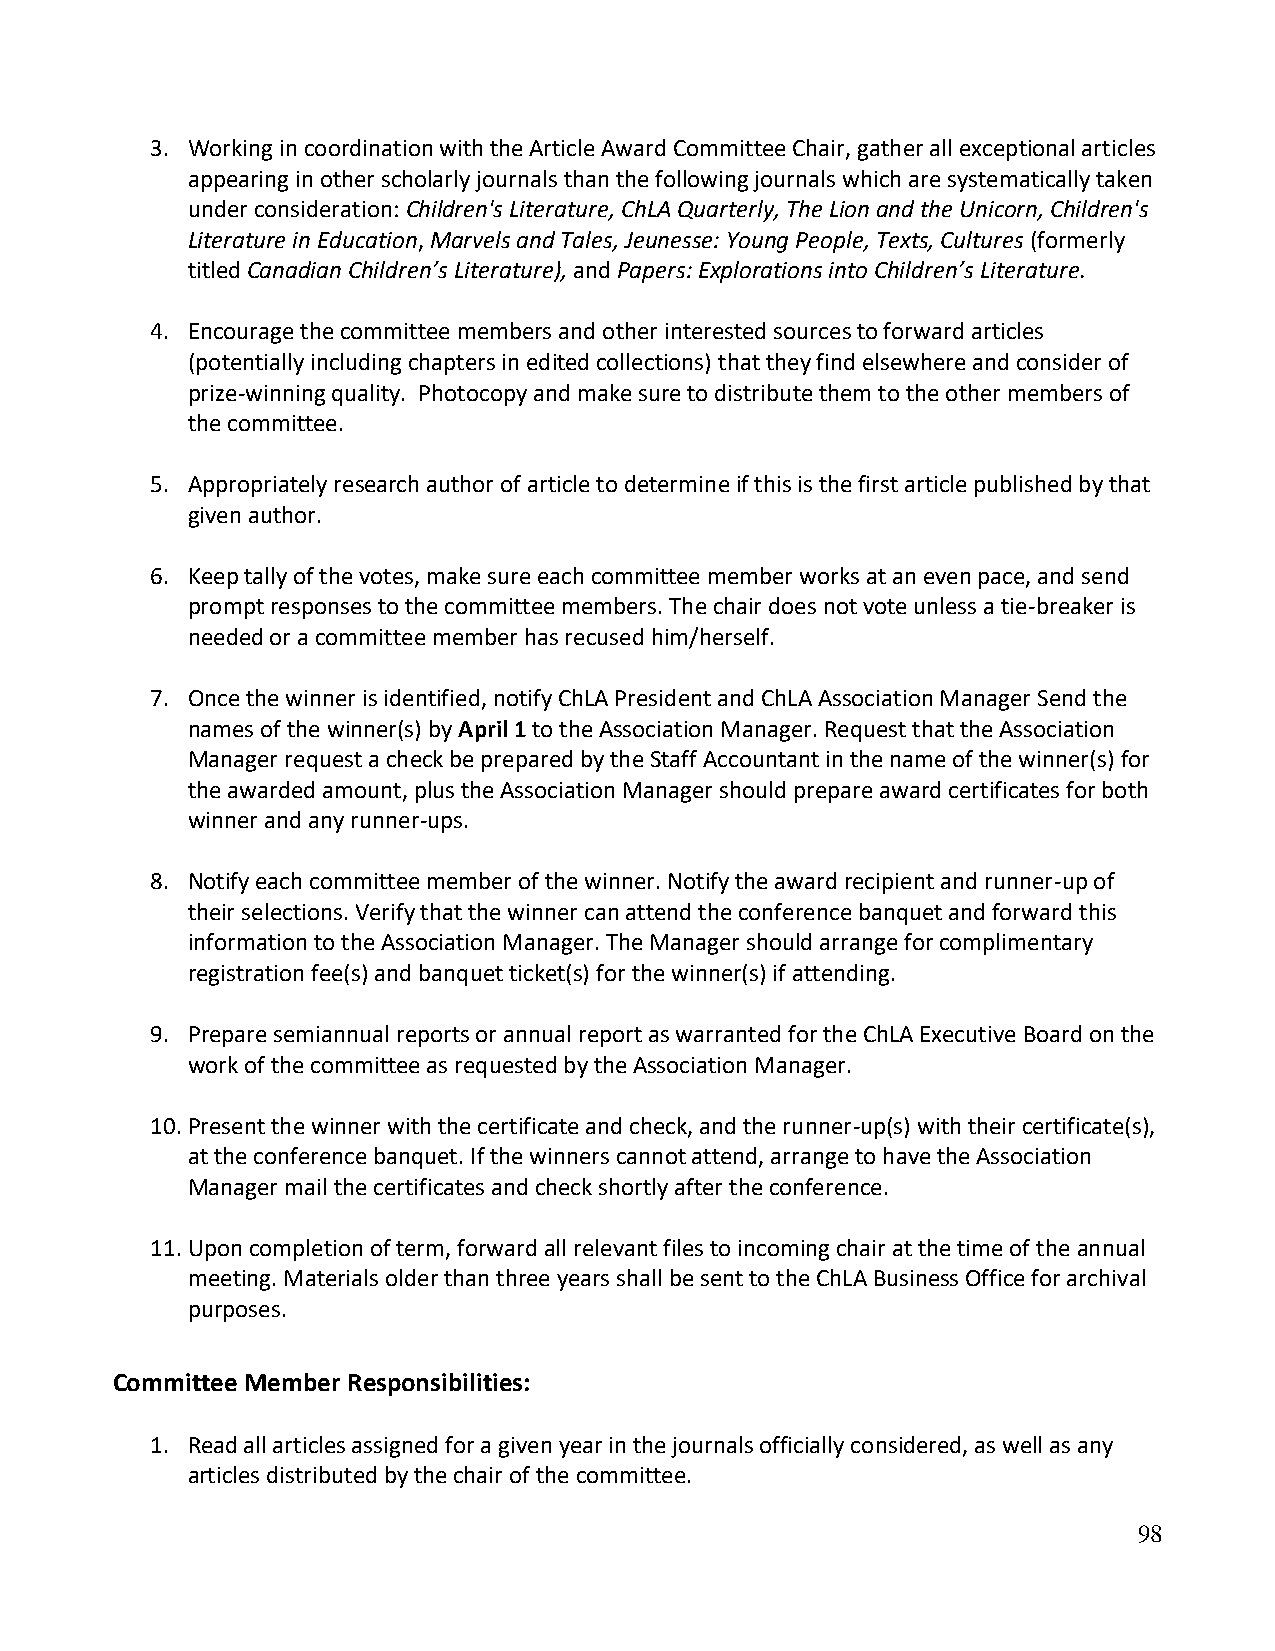
3. Working in coordination with the Article Award Committee Chair, gather all exceptional articles
 appearing in other scholarly journals than the following journals which are systematically taken
 under consideration: Children's Literature, ChLA Quarterly, The Lion and the Unicorn, Children's
 Literature in Education, Marvels and Tales, Jeunesse: Young People, Texts, Cultures (formerly
 titled Canadian Children’s Literature), and Papers: Explorations into Children’s Literature.
 4. Encourage the committee members and other interested sources to forward articles
 (potentially including chapters in edited collections) that they find elsewhere and consider of
 prize-winning quality. Photocopy and make sure to distribute them to the other members of
 the committee.
 5. Appropriately research author of article to determine if this is the first article published by that
 given author.
 6. Keep tally of the votes, make sure each committee member works at an even pace, and send
 prompt responses to the committee members. The chair does not vote unless a tie-breaker is
 needed or a committee member has recused him/herself.
 7. Once the winner is identified, notify ChLA President and ChLA Association Manager Send the
 names of the winner(s) by April 1 to the Association Manager. Request that the Association
 Manager request a check be prepared by the Staff Accountant in the name of the winner(s) for
 the awarded amount, plus the Association Manager should prepare award certificates for both
 winner and any runner-ups.
 8. Notify each committee member of the winner. Notify the award recipient and runner-up of
 their selections. Verify that the winner can attend the conference banquet and forward this
 information to the Association Manager. The Manager should arrange for complimentary
 registration fee(s) and banquet ticket(s) for the winner(s) if attending.
 9. Prepare semiannual reports or annual report as warranted for the ChLA Executive Board on the
 work of the committee as requested by the Association Manager.
 10. Present the winner with the certificate and check, and the runner-up(s) with their certificate(s),
 at the conference banquet. If the winners cannot attend, arrange to have the Association
 Manager mail the certificates and check shortly after the conference.
 11. Upon completion of term, forward all relevant files to incoming chair at the time of the annual
 meeting. Materials older than three years shall be sent to the ChLA Business Office for archival
 purposes.
 Committee Member Responsibilities:
 1. Read all articles assigned for a given year in the journals officially considered, as well as any
 articles distributed by the chair of the committee.
 98